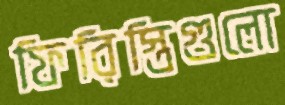
ফিরিস্তিগুলো